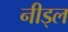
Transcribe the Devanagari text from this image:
नीड्ल